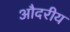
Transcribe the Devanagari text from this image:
औदरीय